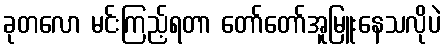
ခုတလော မင်းကြည့်ရတာ တော်တော်အူမြူးနေသလိုပဲ